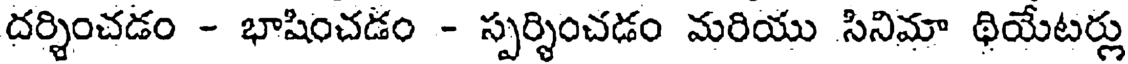
దర్శించడం - భాషించడం - స్పర్శించడం మరియు సినిమా థియేటర్లు